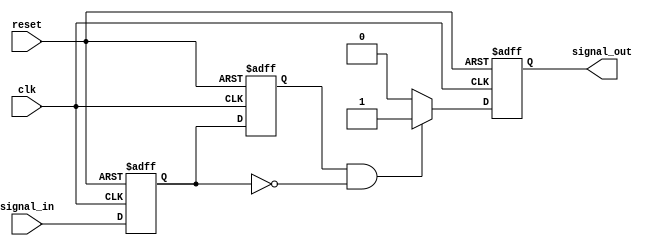
module negative_edge_detector (
    input wire clk,               // Clock signal
    input wire reset,             // Asynchronous reset
    input wire signal_in,         // Input signal to detect negative edge
    output reg signal_out         // Output signal indicating negative edge detection
);

    // Registers to hold the current and previous states of signal_in
    reg current_state;
    reg prev_state;

    // Asynchronous reset and state sampling on the rising edge of clk
    always @(posedge clk or posedge reset) begin
        if (reset) begin
            // Initialize states on reset
            current_state <= 1'b0;
            prev_state <= 1'b0;
            signal_out <= 1'b0;
        end else begin
            // Sample the current state of signal_in
            prev_state <= current_state; // Store previous state
            current_state <= signal_in;   // Update current state

            // Detect negative edge
            if (prev_state == 1'b1 && current_state == 1'b0) begin
                signal_out <= 1'b1; // Set output high for one clock cycle
            end else begin
                signal_out <= 1'b0; // Reset output
            end
        end
    end

endmodule